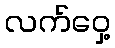
လက်ဝှေ့